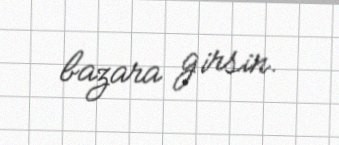
bazara girsin.